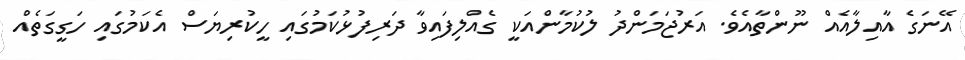
އޭނަގެ އާއިލާއެއް ނޫންތާއެވެ. އަރުޖަމަންދު ލުކުމާންއަކީ ގެއްލިފައިވާ ދަރިފުޅުކަމުގައި ހީކުރިޔަސް އެކަމުގައި ހަގީގަތެއް